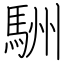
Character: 駲